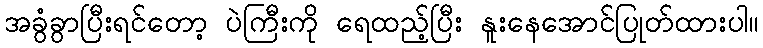
အခွံခွာပြီးရင်တော့ ပဲကြီးကို ရေထည့်ပြီး နူးနေအောင်ပြုတ်ထားပါ။